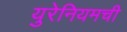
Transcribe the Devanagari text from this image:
युरेनियमची